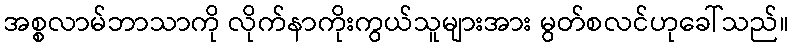
အစ္စလာမ်ဘာသာကို လိုက်နာကိုးကွယ်သူများအား မွတ်စလင်ဟုခေါ်သည်။